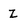
Character: Z